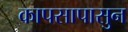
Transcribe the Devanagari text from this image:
कापसापासुन